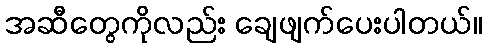
အဆီတွေကိုလည်း ချေဖျက်ပေးပါတယ်။